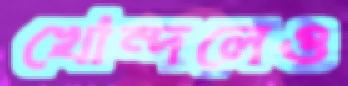
খোন্দলেও